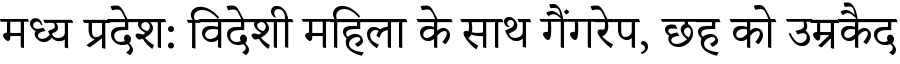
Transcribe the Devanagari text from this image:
मध्य प्रदेश: विदेशी महिला के साथ गैंगरेप, छह को उम्रकैद